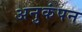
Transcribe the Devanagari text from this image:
अनुकंपन